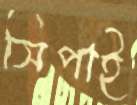
সিপাই